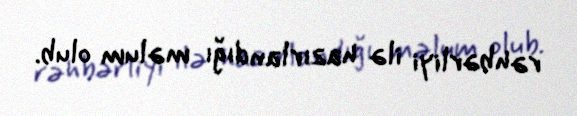
rəhbərliyi ilə hazırlandığı məlum olub.